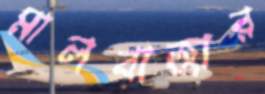
মালবাজার